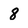
Character: 8